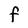
Character: F